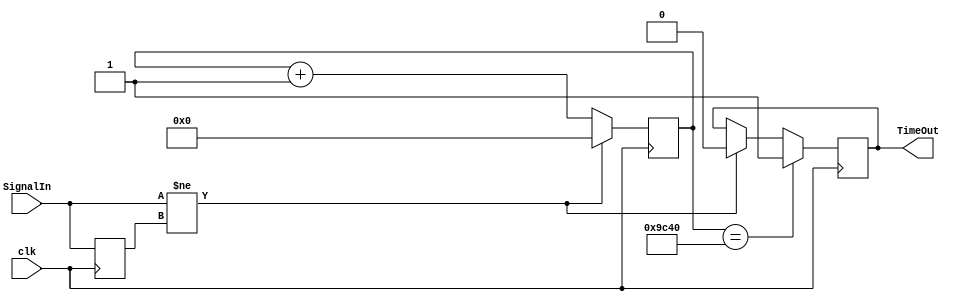
module SignalChangeTimeOut (clk, SignalIn, 
													TimeOut);

input clk, SignalIn;
output reg TimeOut;

parameter [7:0] clkFreqIn_MHz = 40;
parameter [11:0] TimeOutIn_ms = 1;

localparam [31:0] PR = clkFreqIn_MHz * (1000 * TimeOutIn_ms);

reg [31:0] Cnt = 32'h00000000;

reg pre_strb_0 = 1'b0;

always @(posedge clk) begin
	pre_strb_0 <= SignalIn;

	if(SignalIn != pre_strb_0) begin
		Cnt <= 32'h00000000;
		TimeOut <= 1'b0;
	end
	else
		Cnt <= Cnt + 32'h00000001;
	if(Cnt == PR)
		TimeOut <= 1'b1;
	else begin end

end
endmodule